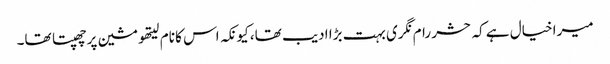
میرا خیال ہے کہ حشر رام نگری بہت بڑا ادیب تھا، کیونکہ اس کا نام لیتھو مشین پر چھپتا تھا۔